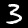
Label: 3